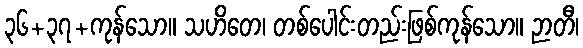
၃၆+၃၇+ကုန်သော။ သဟိတေ၊ တစ်ပေါင်းတည်းဖြစ်ကုန်သော။ ဉာတီ၊